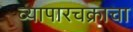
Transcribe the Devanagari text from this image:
व्यापारचक्राचा